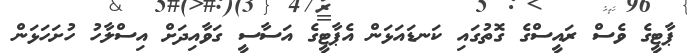
ޕާޓީގެ ވެސް ރައީސްގެ ގޮތުގައި ކަނޑައަޅަން އެޕާޓީގެ އަސާސީ ގަވާއިދަށް އިސްލާހު ހުށަހަޅަން